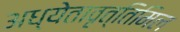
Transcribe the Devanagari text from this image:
अध्येतावृत्तिमिल